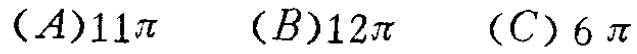
$(A)11\pi\quad (B)12\pi\quad (C)6\pi$